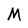
Character: M